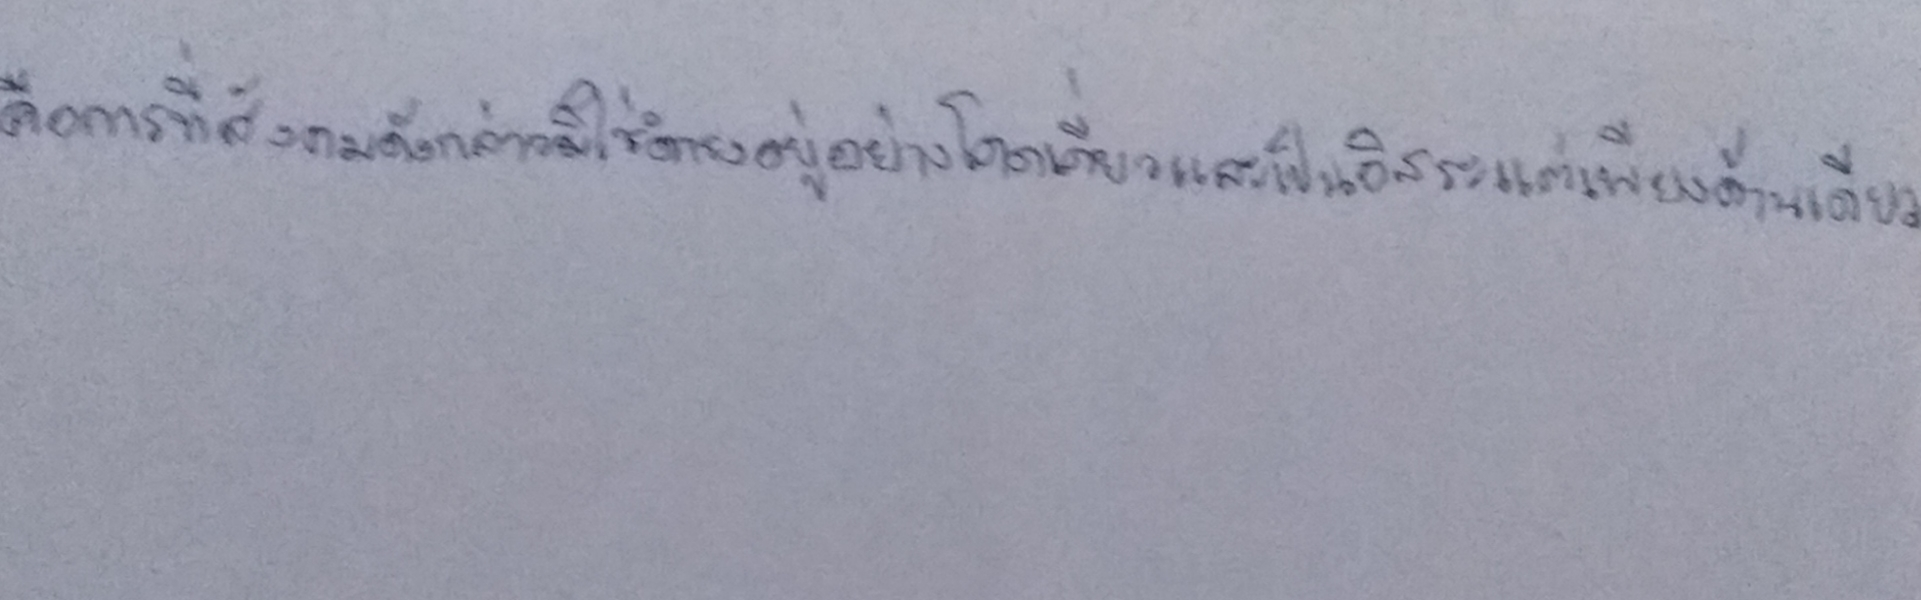
คือการที่สังคมดังกล่าวมิใช่ดำรงอยู่อย่างโดดเดี่ยวและเป็นอิสระแต่เพียงด้านเดียว